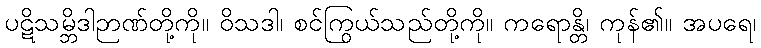
ပဋိသမ္ဘိဒါဉာဏ်တို့ကို။ ဝိသဒါ၊ စင်ကြွယ်သည်တို့ကို။ ကရောန္တိ၊ ကုန်၏။ အပရေ၊